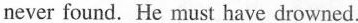
never found. He nust have drowned.